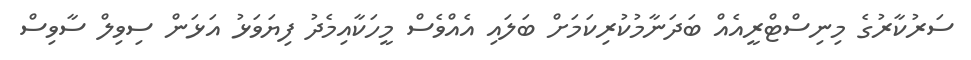
ސަރުކާރުގެ މިނިސްޓްރީއެއް ބަދަނާމުކުރިކަމަށް ބަލައި އެއްވެސް މީހަކާއިމެދު ފިޔަވަޅު އަޅަން ސިވިލް ސާވިސް